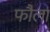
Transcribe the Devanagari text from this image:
फौला